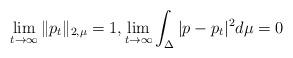
LaTeX: \begin{align*}\lim_{t\to\infty}\|p_t\|_{2,\mu}=1, \lim_{t\to\infty}\int_{\Delta}|p-p_t|^2d\mu=0\end{align*}